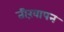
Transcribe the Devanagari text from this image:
तीख़ापन